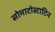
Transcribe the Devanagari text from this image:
सोमाटोस्टाटिन